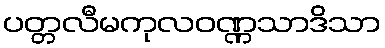
ပတ္တလီမကုလဝဏ္ဏသာဒိသာ